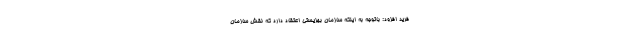
فرید افزود: باتوجه به اینکه سازمان بهزیستی اعتقاد دارد که نقش سازمان